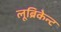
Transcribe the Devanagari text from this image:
लूब्रिकेन्ट